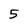
Character: 5